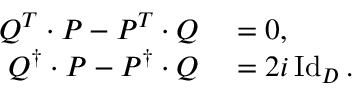
\begin{array} { r l } { Q ^ { T } \cdot P - P ^ { T } \cdot Q } & { { } = 0 , } \\ { Q ^ { \dag } \cdot P - P ^ { \dag } \cdot Q } & { { } = 2 i \operatorname { I d } _ { D } . } \end{array}